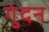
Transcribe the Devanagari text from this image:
गुंदन